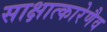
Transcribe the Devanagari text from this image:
साक्षात्कारेणैव